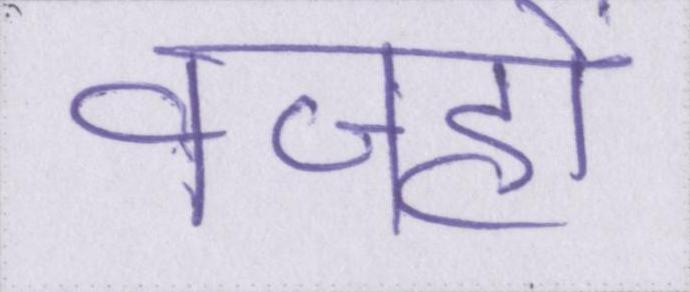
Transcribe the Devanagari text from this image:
वजहों